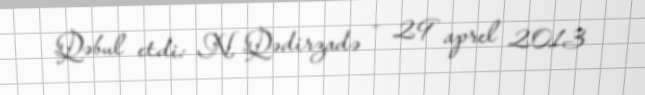
Qəbul etdi: N. Qədirzadə - 29 aprel 2013